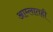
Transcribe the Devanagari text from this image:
आम्लातही